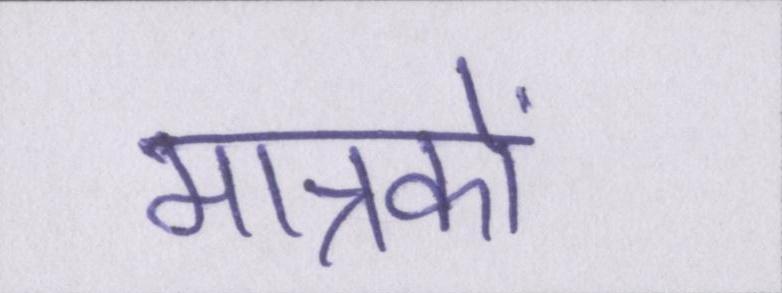
मात्रकों